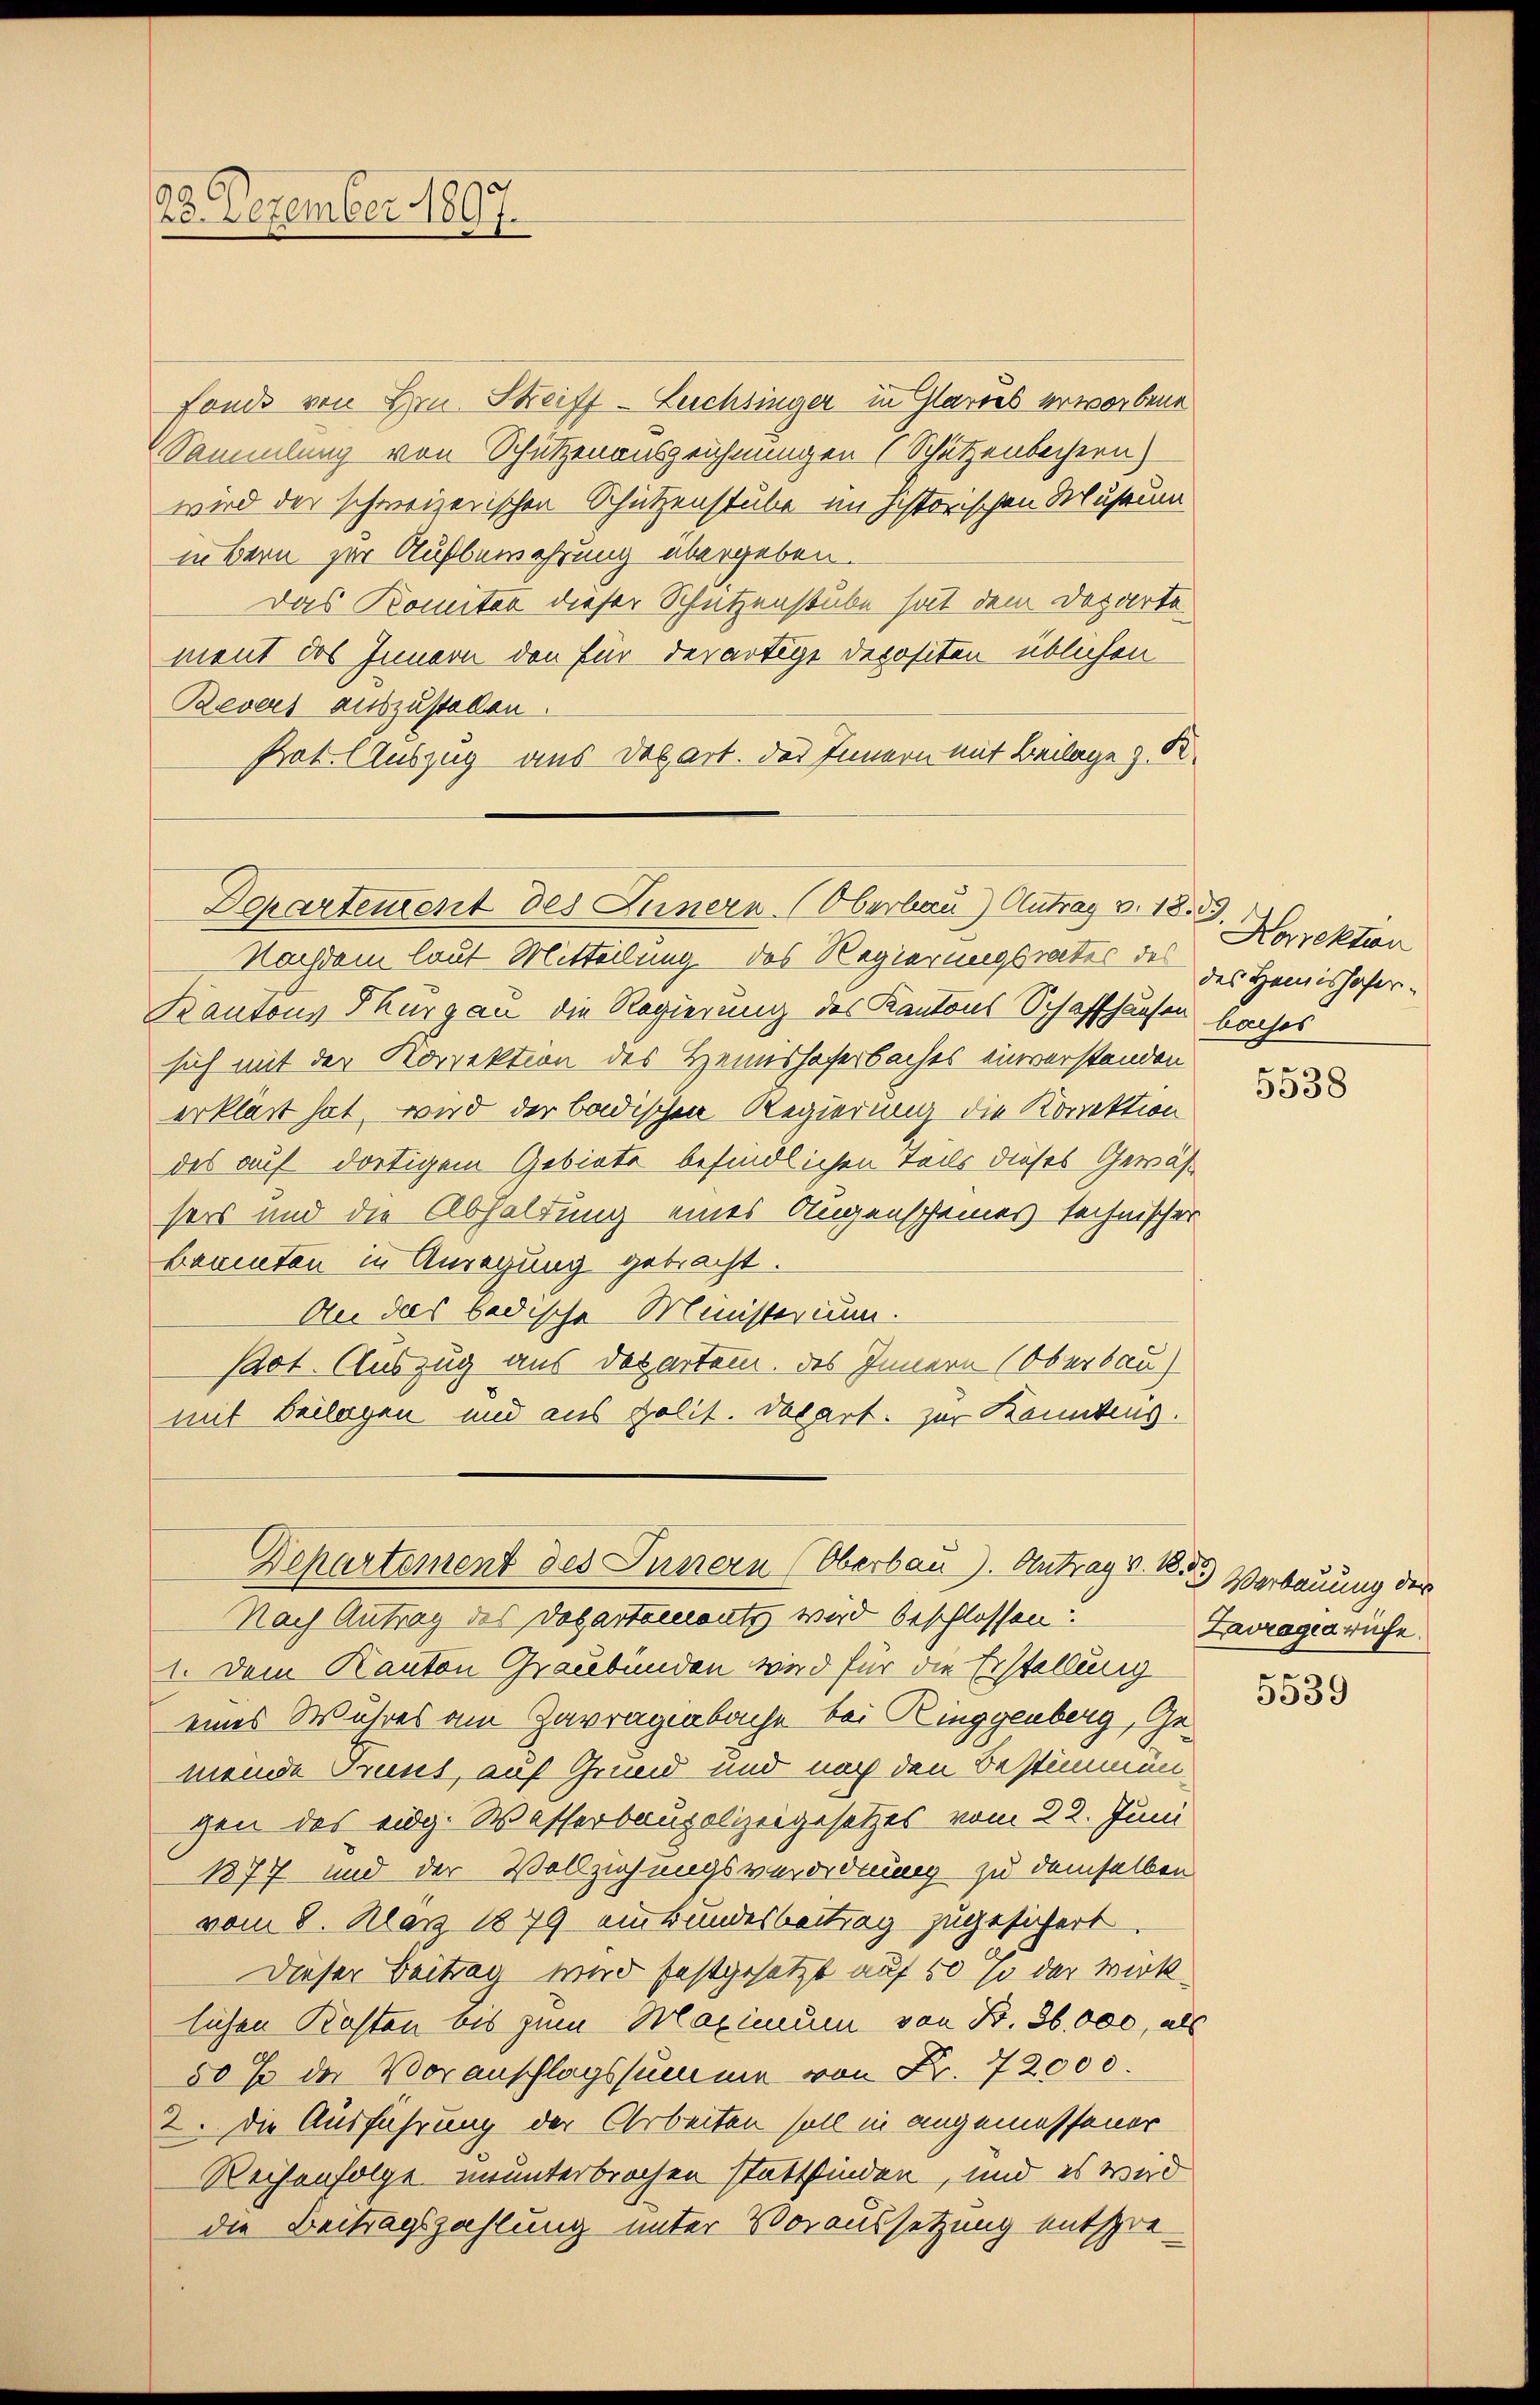
886
20. Dezember 1897.

fande von Hrn. Streiff-Luchsinger in Glarus erworbene
Sammlung von Schützenauszeichnungen (Schützenbechern)
wird der schweizerischen Schützenstube im historischen Museum
nübern zur Aufbewahrung übergeben.
Das Komitar dieser Schützenstube hat dem Dozarte
ment des Innern den für derartige Depositen üblichen
Revers auszustellen.
Prot. Auszug aus Depart. des Innern mit Beilage z. K.
Nachdem laut Mitteilung des Regierungsrates des
Kantons Thurgau die Regierung des Kantons Schaffhausen baches
sich mit der Korrektion des Heimshoferbaches einverstanden
erklärt hat, wird der badischen Regierung die Korrektion
des auf dortigem Gebiete befindlichen Teils dieses Gewässers und die Abhaltung eines Augenscheines technischer
Baumten in Anregung gebracht.
An das bedische Ministerium.
Pact. Auszug aus Departem des Innern (Oberbau
mit Beilagen und aus polit. Depart. zur Kanntens.

Departement des Innern Oberbau) Antrag v. 18. 39.

Departement des Innern (Oberbau). Antrag v. 1853) Verbauung der

Nach Antrag des Departements wird beschlossen:
1. Dem Kanton Graubünden wird für die Erstellung
eines Wuhres am Zarrageabache bei Ringgenberg, Gemeide Trunt, auf Grund und nach den Bestimmun
gen das eidg. Wasserbaupolizeigesetzes vom 22. Juni
1877 und der Vollziehungsverordnung zu demselben
vom 8. März 1879 einbundesbeitrag zugesichert
Dieser Beitrag wird festgesetzt auf 50 % der Wirk
lichen Kosten bis zum Maximum von B. 36 000, als
50 % der Voranschlagssumme von Fr. 72000.
2. Die Ausführung der Arbeiten soll in angemessener
Weihenfolge ununterbrochen stattfinden, und es wird
die Beitragszahlung unter Voraussetzung entspre¬

Norrektion
des Hemishofer¬

5538

Lavrageruhe.

5539